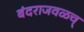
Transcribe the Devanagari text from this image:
बंदराजवळच्